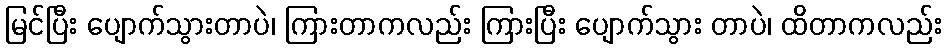
မြင်ပြီး ပျောက်သွားတာပဲ၊ ကြားတာကလည်း ကြားပြီး ပျောက်သွား တာပဲ၊ ထိတာကလည်း